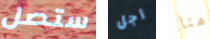
ستصل أجل هنا